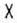
X